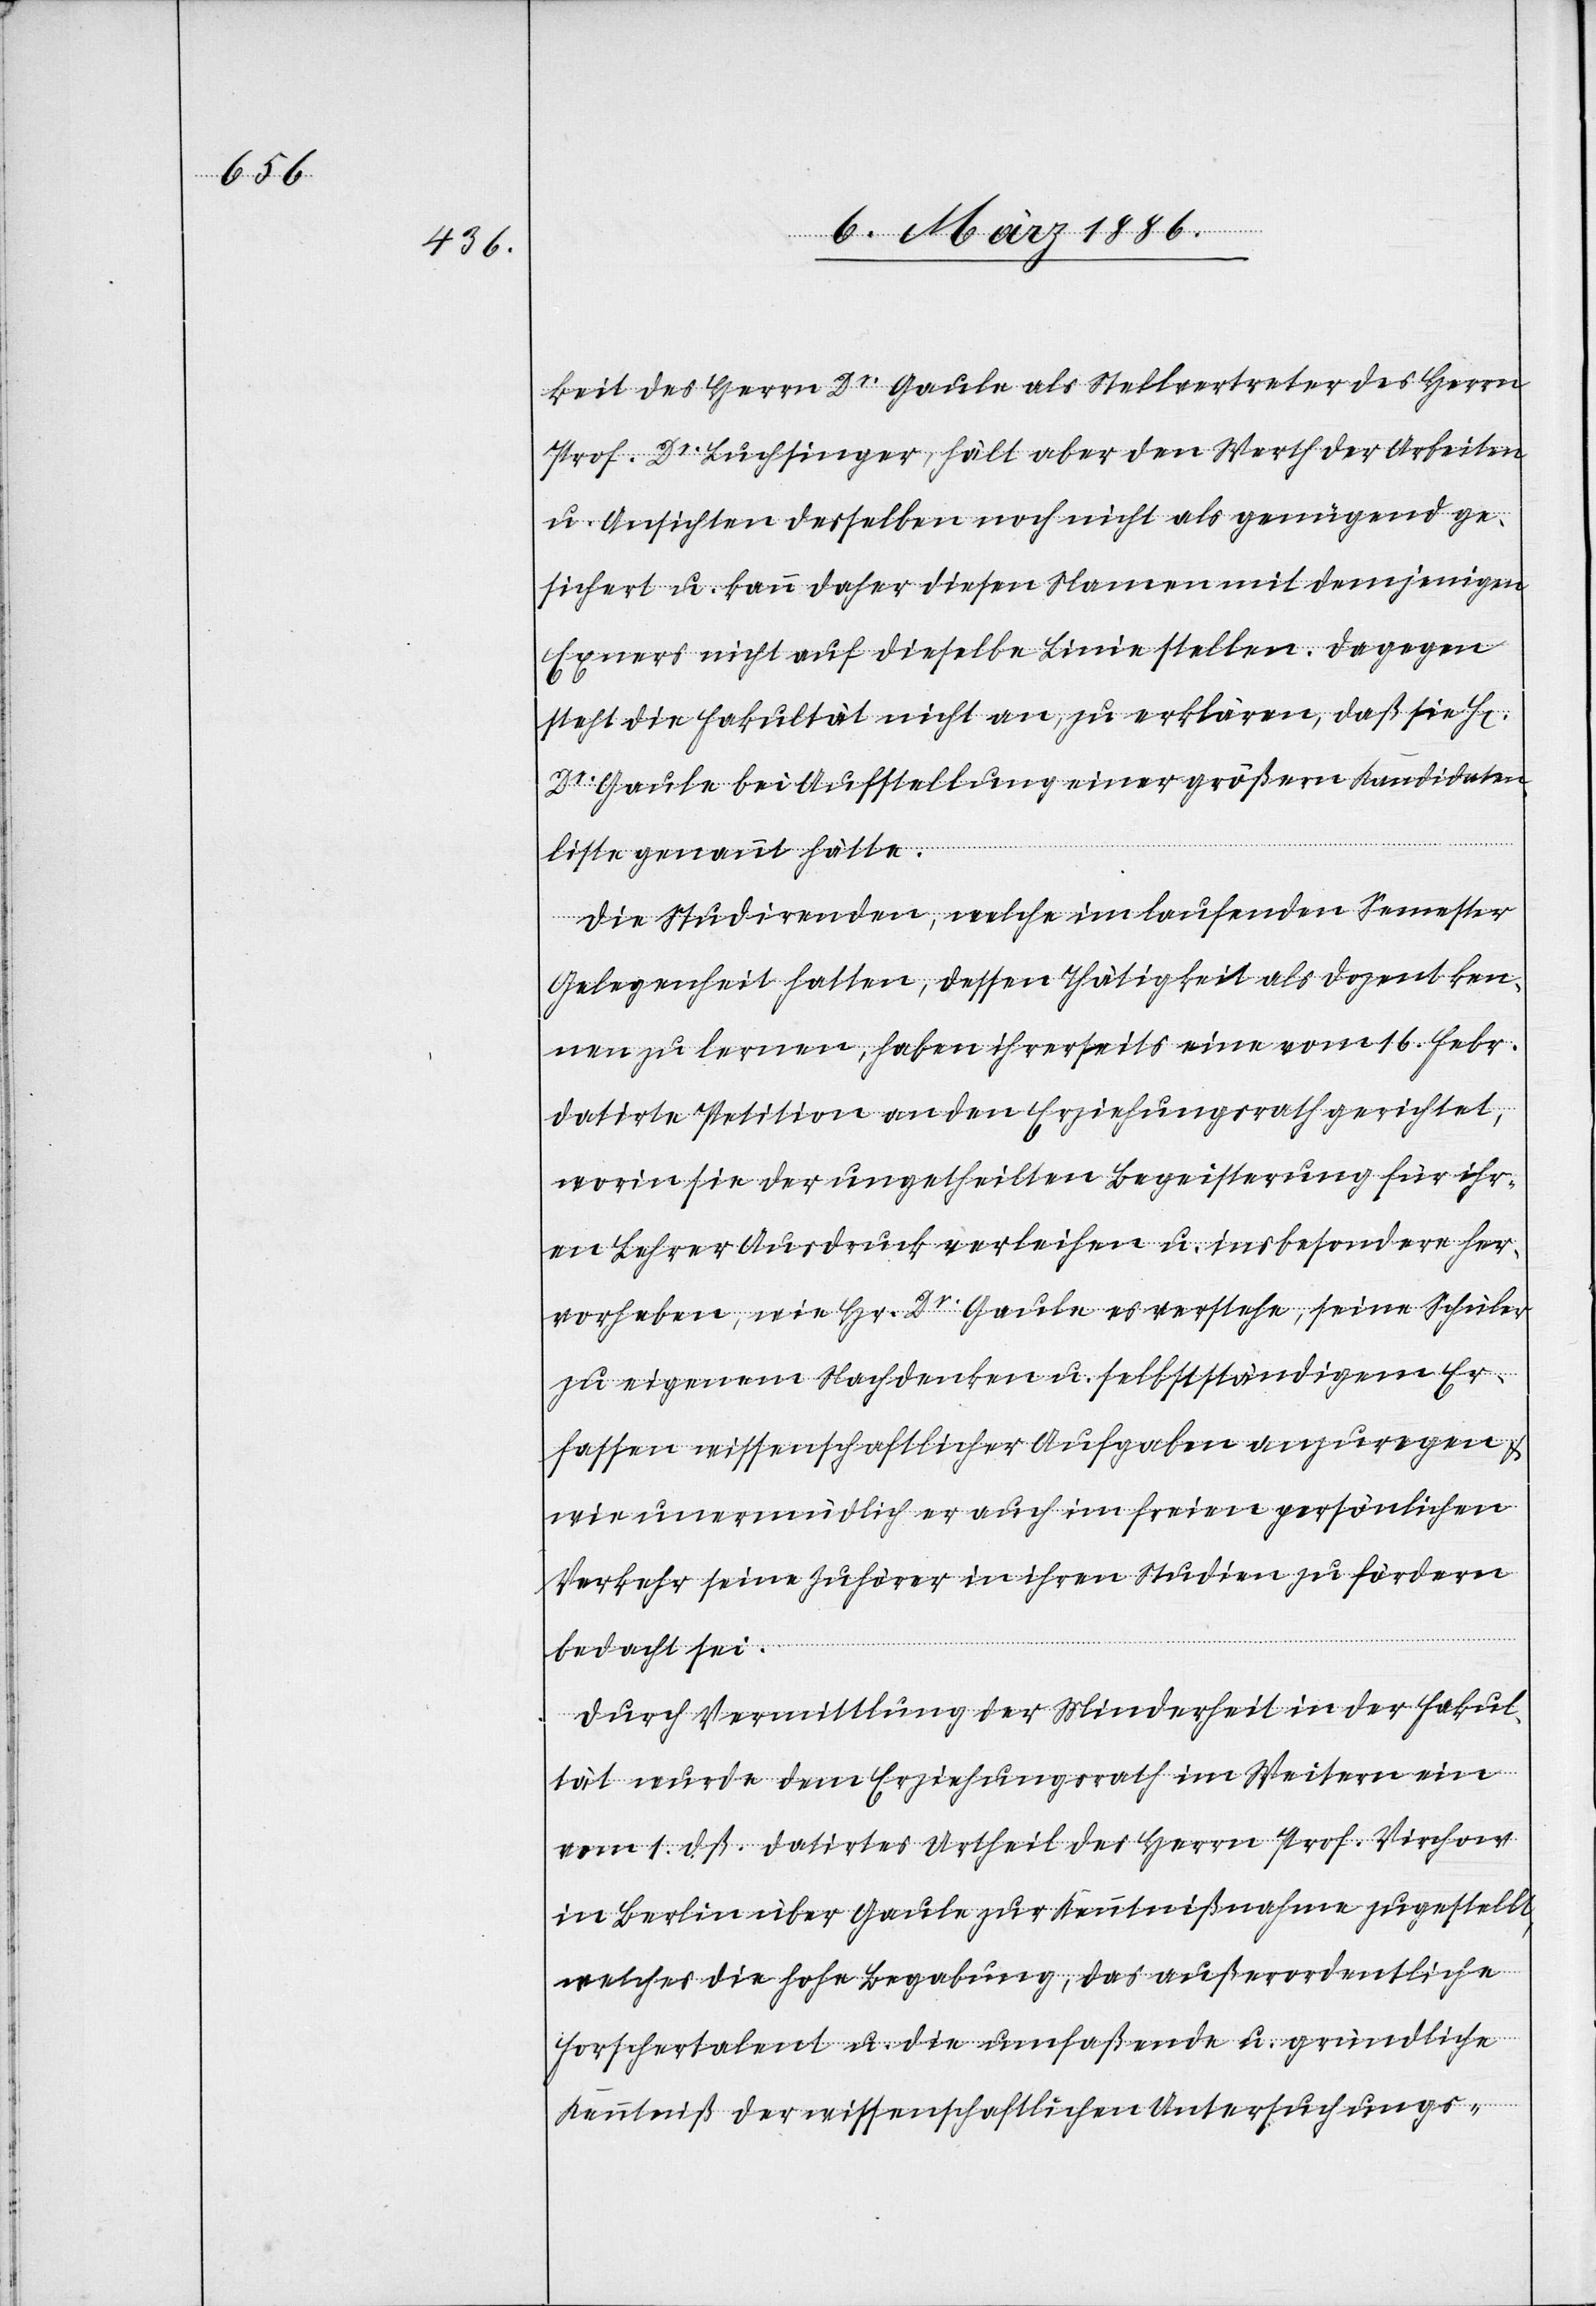
keit des Herrn Dr. Gaule als Stellvertreter des Herrn
Prof. Dr. Buchinger, hält aber den Werth der Arbeiten
u. Ansichten desselben noch nicht als genügend ge¬
sichert u. kann daher diesen Namen mit demjenigen
Exners nicht auf dieselbe Linie stellen. Dagegen
steht die Fakultät nicht an, zu erklären, daß sie H[e¬
Dr. Gaule bei Aufstellung einer größern Kandidaten¬
rrn]
liste genannt hätte.
Die Studirenden, welche im laufenden Semester
Gelegenheit hatten, dessen Thätigkeit als Dozent ken¬
nen zu lernen, haben ihrerseits eine vom 16. Febr.
datirten Petition an den Erziehungsrath gerichtet,
worin sie der ungetheilten Begeisterung für ihr¬
en Lehrer Ausdruck verleihen u. insbesondere her¬
vorheben, wie Hr. Dr. Gaule es verstehe, seine Schüler
zu eigenem Nachdenken u. selbstständigem Er¬
fassen wissenschaftlicher Aufgaben anzuregen &
wie unermüdlich er auch in seinen persönlichen
Verkehr seine Zuhörer in ihren Studien zu fördern
bedacht sei.
Durch Vermittlung der Minderheit in der Fakul¬
tät wurde dem Erziehungsrath im Weitern ein
vom 1. dß. datirtes Urtheil des Herrn Prof. Virchow
in Berlin über Gaule zur Kenntnißnahme zugestellt,
welches die hohe Begabung, das außerordentliche
Forschertalent u. die umfaßende u. gründliche
Kenntniß der wissenschaftlichen Untersuchungs-